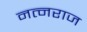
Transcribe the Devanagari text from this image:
नत्नराज